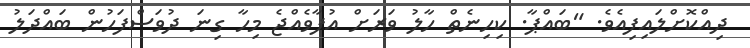
ދިއްކޮށްލައިފިއެވެ. "ބައްޕާ. ކިހިނެތް ހާލު ވަރަށް އުފާވެއްޖެ މިހާ ގިނަ ދުވަސްފަހުން ބައްދަލު